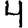
Digit: 4